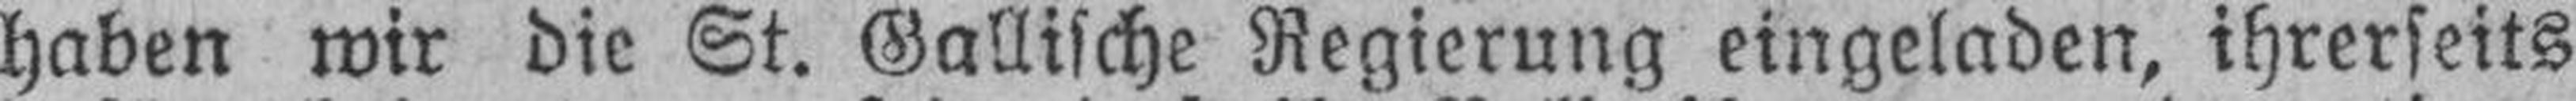
haben wir die St. Gallische Regierung eingeladen, ihrerseits